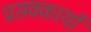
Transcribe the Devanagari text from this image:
प्रसवकार्यों